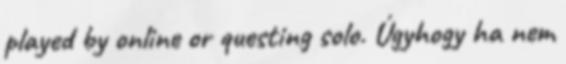
played by online or questing solo. Úgyhogy ha nem